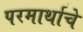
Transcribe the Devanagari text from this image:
परमार्थाचे